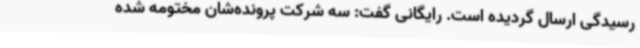
رسیدگی ارسال گردیده است. رایگانی گفت: سه شرکت پرونده‌شان مختومه شده